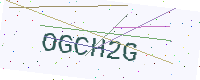
Text: OGCH2G